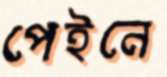
পেইনে